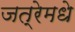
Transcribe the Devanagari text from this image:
जत्रेमधे